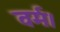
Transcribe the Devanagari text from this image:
वर्म।